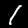
Digit: 1